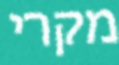
מקרי